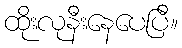
ထိုးလုနီးနေပေပြီ။